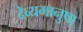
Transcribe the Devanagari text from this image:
देव्यमानुषा